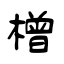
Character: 橧